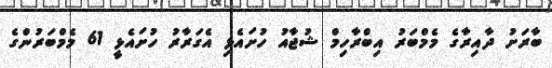
ބާރަށު ދާއިރާގެ މެމްބަރު އިބްރާހިމް ޝުޖާއު ހުށައެޅި އެގަރާރު ހުށައެޅީ 61 މެމްބަރުންގެ